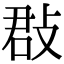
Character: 㪊